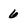
Character: 6